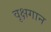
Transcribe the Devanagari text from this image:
वृक्षगान